Lunatic asylums Punjab 1868-1880 - 1868-1880
Year: 1868
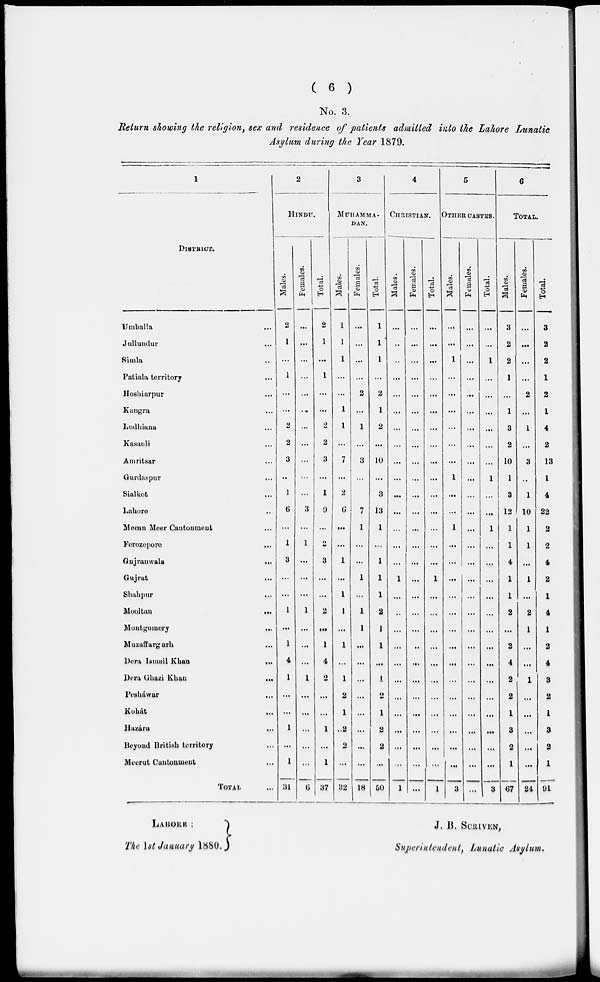
( 6 )
No. 3.
Return showing the religion, sex and residence of patients admitted into the Lahore Lunatic
Asylum during the Year 1879.
1
DlSTRICT.
Umballa
Jullundur
Simla
Patiala territory
Hoshiarpur
Kangra
Ludhiana
Kasauli
Amritsar
Gurdaspur
Sialkot
Lahore
Meean Meer Cantonment
Forozepore
Gnjranwala
Gujrut
Shahpur
Mooltan
Montgomery
Muzaffargarh
Dora Ismail Khan
Dera Ghazi Khan
Pesháwar
Kohát
Hazára
Beyond British territory
Meerut Cantonment
TOTAL
...
...
...
...
...
...
...
...
...
...
...
...
...
...
...
...
...
...
...
...
...
...
...
...
...
...
...
...
2
HlNDU.
Males.
2
1
...
1
...
...
2
2
3
...
1
6
...
1
3
...
...
1
...
1
4
1
...
...
1
...
1
31
Females.
...
...
...
...
...
...
...
...
...
...
...
3
...
1
...
...
...
1
...
...
...
1
...
...
...
...
...
6
Total.
2
1
...
1
...
...
...
2
3
...
1
9
...
2
3
...
...
2
...
1
4
2
...
...
1
...
1
37
3
MUHAMMA-
DAN.
Males.
1
1
1
...
...
1
1
...
7
...
2
6
...
...
1
...
1
1
...
1
...
1
2
1
2
2
...
32
Females.
...
...
...
...
2
...
1
...
3
...
7
1
...
...
1
...
1
1
...
...
...
...
...
...
...
...
18
Total.
1
1
1
...
2
1
2
...
10
...
3
13
1
...
1
1
1
2
1
1
...
1
2
1
2
2
...
60
4
CHRISTIAN.
Males.
...
...
...
...
...
...
...
...
...
...
...
...
...
...
...
1
...
...
...
...
...
...
...
...
...
...
...
1
Females.
...
...
...
...
...
...
...
...
...
...
...
...
...
...
...
...
...
...
...
...
...
...
...
...
...
...
...
...
Total.
...
...
...
...
...
...
...
...
...
...
...
...
...
...
...
1
...
...
...
...
...
...
...
...
...
...
...
1
5
OTHER CASTES.
Males.
...
...
1
...
...
...
...
...
...
1
...
...
1
...
...
...
...
...
...
...
...
...
...
...
...
...
...
3
Females.
...
...
...
...
...
...
...
...
...
...
...
...
...
...
...
...
...
...
...
...
...
...
...
...
...
...
...
...
Total.
...
...
1
...
...
...
...
...
...
1
...
...
1
...
...
...
...
...
...
...
...
...
...
...
...
...
...
3
6
TOTAL.
Males.
3
2
2
1
...
1
3
2
10
1
3
12
1
1
4
1
1
2
...
2
4
2
2
1
3
2
1
67
Females.
...
...
...
...
2
...
1
...
3
...
1
10
1
1
...
1
...
2
1
...
...
1
...
...
...
...
...
24
Total.
3
2
2
1
2
1
4
2
13
1
4
22
2
2
4
2
1
4
1
2
4
3
2
1
3
2
1
91
LAHORE :
The 1st January 1880.
J. B. SCRIVEN,
Superintendent, Lunatic Asylum.